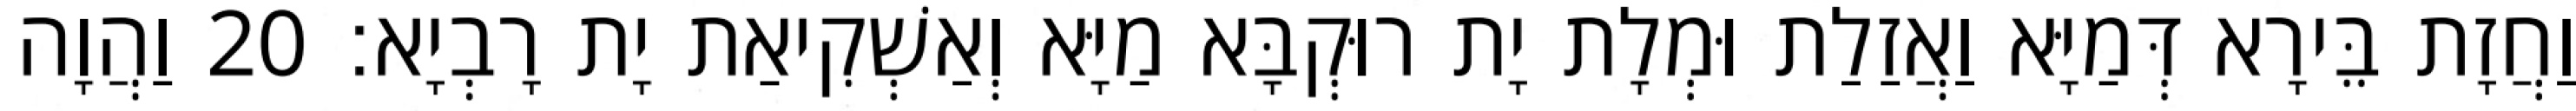
וַחֲזָת בֵּירָא דְּמַיָּא וַאֲזַלַת וּמְלָת יָת רוּקְבָּא מַיָּא וְאַשְׁקִיאַת יָת רָבְיָא׃ 20 וַהֲוָה